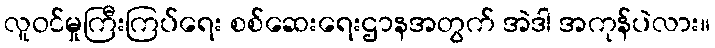
လူဝင်မှုကြီးကြပ်ရေး စစ်ဆေးရေးဌာနအတွက် အဲဒါ အကုန်ပဲလား။